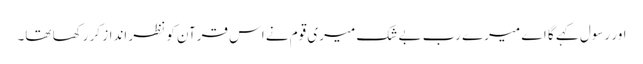
اور رسول کہے گا اے میرے رب بے شک میری قوم نے اس قرآن کو نظر انداز کر رکھا تھا۔